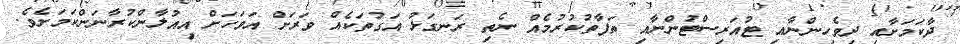
ދާކަމަށާއި ދިވެހިންނާއި ޓުއަރިސްޓުންނާއި ތަފާތުކުރުމެއް ނެތި ރަނގަޅު އަގުތަކެއް ވަރަށް އަވަހަށް އިއުލާންކުރާނަންކަމަށެވެ.